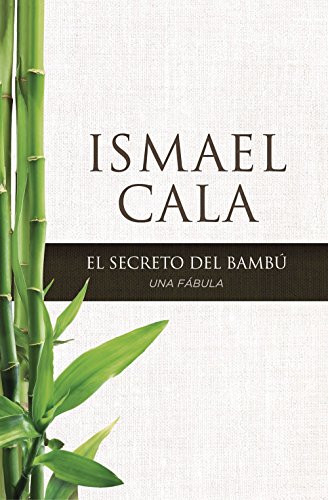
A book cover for El secreto del BambÃº: Una fÃ¡bula (Spanish Edition); Ismael Cala; Literature & Fiction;